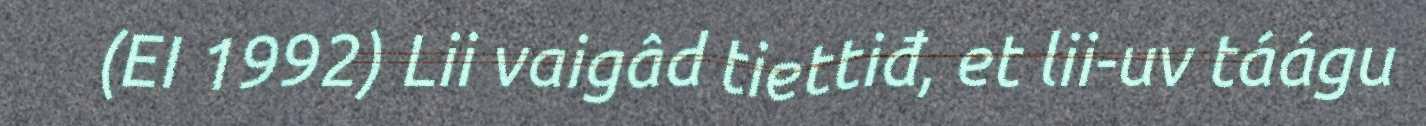
(EI 1992) Lii vaigâd tiettiđ, et lii-uv táágu